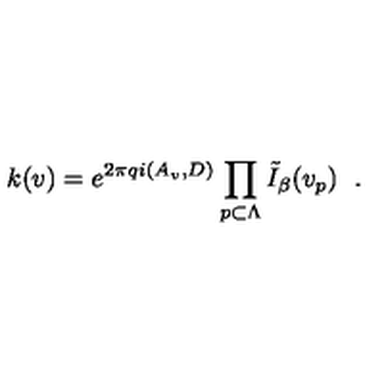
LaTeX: \left. k ( v ) = e ^ { 2 \pi q i \left( A _ { v } , D \right) } \prod _ { p \subset \Lambda } \tilde { I } _ { \beta } ( v _ { p } ) \right. \ .